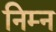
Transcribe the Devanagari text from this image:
निम्‍न